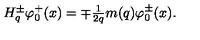
\begin{array} { l } { H _ { q } ^ { \pm } \varphi _ { 0 } ^ { + } ( x ) = \mp \frac 1 { 2 q } m ( q ) \varphi _ { 0 } ^ { \pm } ( x ) . } \\ \end{array}